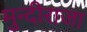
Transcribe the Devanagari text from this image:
मुन्दीराजा